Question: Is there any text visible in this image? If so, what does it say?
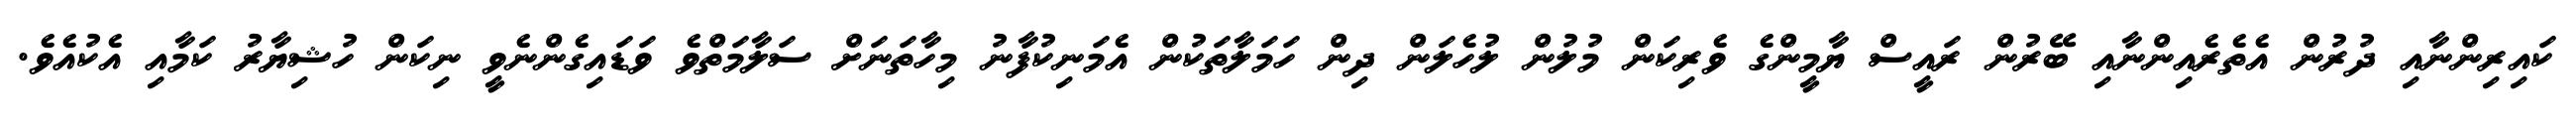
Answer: ކައިރިންނާއި ދުރުން އެތެރެއިންނާއި ބޭރުން ރައީސް ޔާމީންގެ ވެރިކަން މުލުން ލުހެލަން ދިން ހަމަލާތަކުން އެމަނިކުފާނު މިހާތަނަށް ސަލާމަތްވެ ވަޑައިގެންނެވީ ނިކަން ހުޝިޔާރު ކަމާއި އެކުއެވެ.